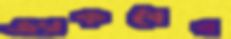
জ্যাকবের